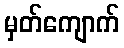
မှတ်ကျောက်